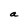
Character: a